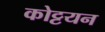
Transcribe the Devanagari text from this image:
कोट्टयन